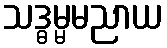
သဒ္ဓမ္မမညာယ